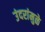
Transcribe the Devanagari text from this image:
उंदरांमुळे